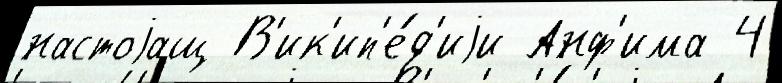
настоjащ В'ик'ип'е́д'иjи Анф'има 4